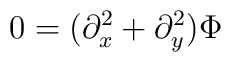
0=(\partial ^{2}_{x} +\partial ^{2}_{y})\Phi